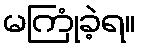
မကြုံခဲ့ရ။